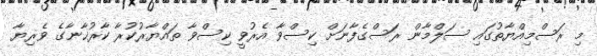
މި ރަސްމިއްޔާތުގައި ސަލްމާން ރަސްގެފާނަށް ކިސްވާ އެރުވީ ކިސްވާ ތައްޔާރުކުރާ ކާރުޚާނާގެ ވެރިޔާ